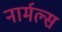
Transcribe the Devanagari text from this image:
नार्मल्स